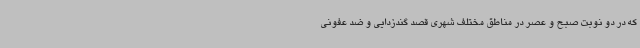
که در دو نوبت صبح و عصر در مناطق مختلف شهری قصد گندزدایی و ضد عفونی